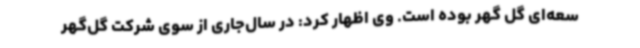
سعه‌ای گل گهر بوده است. وی اظهار کرد: در سال‌جاری از سوی شرکت گل‌گهر